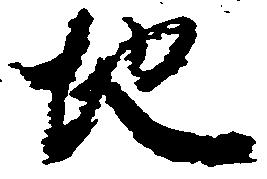
地